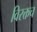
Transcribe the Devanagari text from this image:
विरक्तच